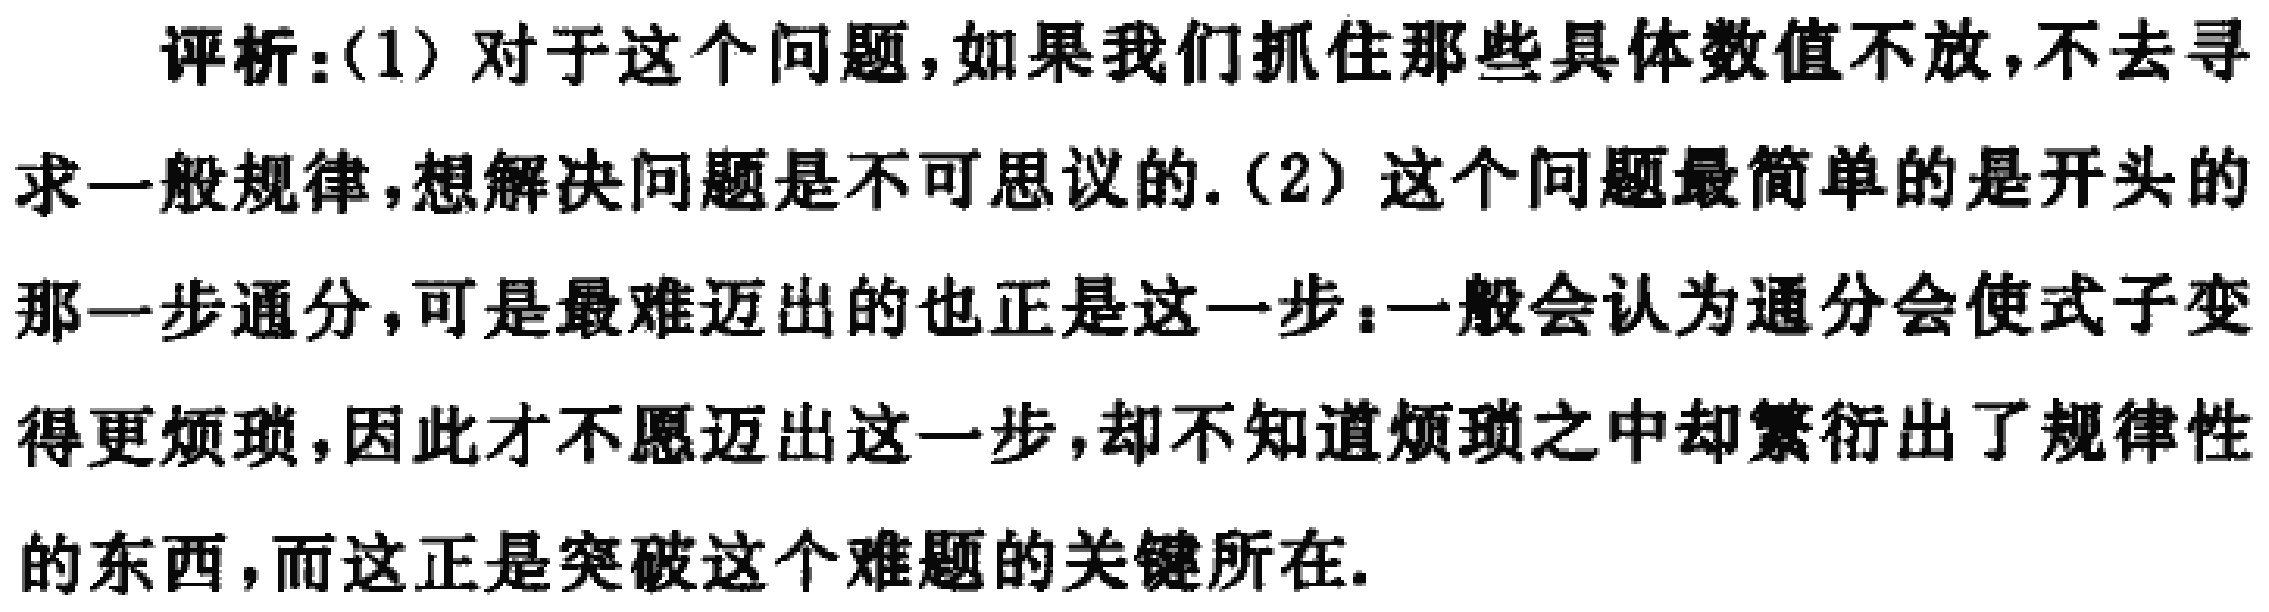
评析：(1) 对于这个问题，如果我们抓住那些具体数值不放，不去寻求一般规律，想解决问题是不可思议的. (2) 这个问题最简单的是开头的那一步通分，可是最难迈出的也正是这一步：一般会认为通分会使式子变得更烦琐，因此才不愿迈出这一步，却不知道烦琐之中却繁衍出了规律性的东西，而这正是突破这个难题的关键所在.